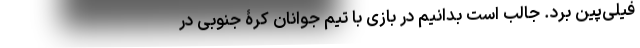
فیلی‌پین بُرد. جالب است بدانیم در بازی با تیم جوانان کرۀ جنوبی در